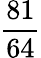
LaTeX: \frac{81}{64}